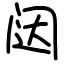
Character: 闼